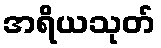
အရိယသုတ်